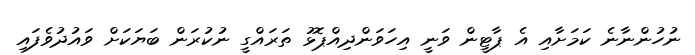
ނުހުންނާނެ ކަމަށާއި އެ ޕާޓީން ވަނީ އިހަވަންދިއްޕޮޅު ތަރައްގީ ނުކުރަން ބަޔަކަށް ވައުދުވެފައި